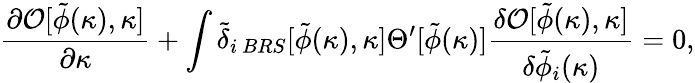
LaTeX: {\frac{\partial{\cal O}[\tilde{\phi}(\kappa),\kappa]}{\partial\kappa}}+\int\tilde{\delta}_{i\ BRS}[\tilde{\phi}(\kappa),\kappa]\Theta^{\prime}[\tilde{\phi}(\kappa)]{\frac{\delta{\cal O}[\tilde{\phi}(\kappa),\kappa]}{\delta\tilde{\phi}_{i}(\kappa)}}=0,